Insane asylums Bombay 1873-77 - 1873-1877
Year: 1873
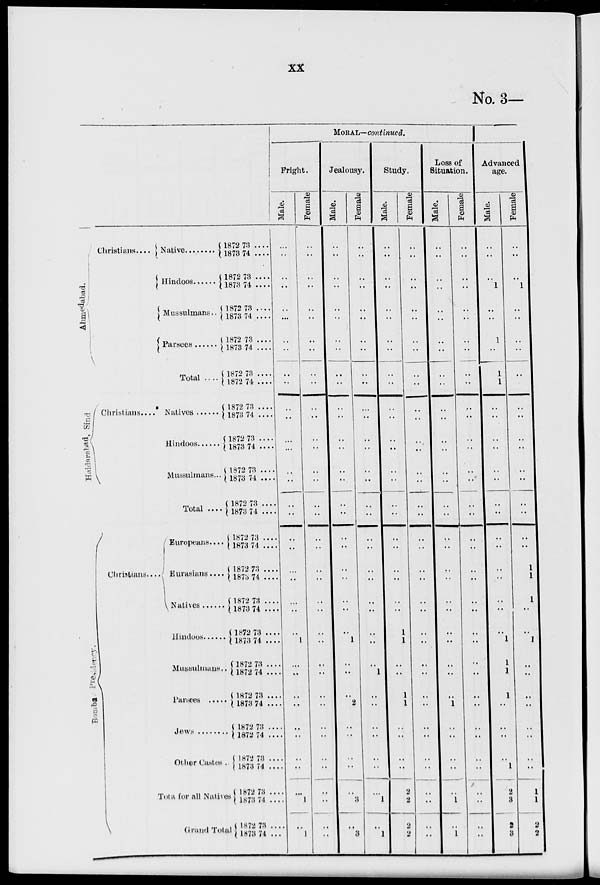
xx
No. 3—
Ahmedabad.
Haidarabad, Sind
Bombay Presidancy.
Christians....
Native .........
Hindoos ......
Mussulmans..
Parsees ......
Total ....
Christians.... Natives
Hindoos ......
Mussulmans...
Total ....
Christians...
Europeans ....
Eurasians....
Natives ......
Hindoos ......
Mussulmans ..
Parsees ......
Jews ......
Other
Castes ..
Total for all Natives
Grand Total
1872 73 ....
1873 74 ....
1872 73 ....
1873 74 ....
1872 73 ....
1873 74 ....
1872 73 ....
1873 74 ....
1872 73 ....
1872 74 ....
1872 73 ....
1873 74 ....
1872 73 ....
1873 74 ....
1872 73 ....
1873 74 ....
1872 73 ....
1873 74 ....
1872 73 ....
1873 74 ....
1872 73 ....
1873 74 ....
1872 73 ....
1873 74 ....
1872 73 ....
1873 74 ....
1872 73 ....
1872 74 ....
1872 73 ....
1873 74 ....
1872 73 ....
1872 74 ....
1872 73 ....
1873 74 ....
1872 73 ....
1873 74 ....
1872
73 ....
1873 74 ...
MORAL—continued.
Fright.
Male.
..
..
..
..
..
...
..
..
..
..
..
..
..
...
..
..
..
..
..
..
..
..
..
..
..
1
..
..
..
..
..
..
..
..
...
1
..
1
Female
..
..
..
..
..
..
..
..
..
..
..
..
..
..
..
..
..
..
..
..
..
..
..
..
..
..
..
..
..
..
..
..
..
..
..
..
..
..
Jealousy.
Male.
..
..
..
..
..
..
..
..
..
..
..
..
..
..
..
..
..
..
..
..
..
..
..
..
..
1
..
..
..
2
.. ..
..
..
..
3
..
3
Female.
..
..
..
..
..
..
..
..
..
..
...
..
..
..
..
..
..
..
..
..
..
..
..
..
..
..
..
1
..
..
..
..
..
..
..
1
..
1
Study.
Male.
..
..
..
..
..
..
..
..
..
..
..
..
..
..
..
..
..
..
..
..
..
..
..
..
1
1
..
..
1
1
..
..
..
..
2
2
2
2
Female
..
..
..
..
..
..
..
..
..
..
..
..
..
..
..
..
..
..
..
..
..
..
..
..
..
..
..
..
..
..
..
..
..
..
..
..
..
..
Loss of
Situation.
Male.
..
..
..
..
..
..
..
..
..
..
..
..
..
..
..
..
..
..
..
..
..
..
..
..
..
..
..
..
..
1
..
..
..
..
..
1
..
1
Female
..
..
..
..
..
..
..
..
..
..
..
..
..
..
..
..
..
..
..
..
..
..
..
..
..
..
..
..
..
..
..
..
..
..
..
..
..
..
Advanced
age.
Male.
..
..
..
1
..
..
1
..
1
1
..
..
..
..
..
..
..
..
..
..
..
..
..
..
..
1
1
1
1
..
..
..
..
1
2
2
2
3
Female.
..
..
..
1
..
..
..
..
..
..
..
..
..
..
..
..
..
..
..
..
1
1
1
..
..
1
..
..
..
..
..
..
..
..
1
1
2
2